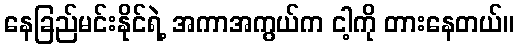
နေခြည်မင်းနိုင်ရဲ့ အကာအကွယ်က ငါ့ကို တားနေတယ်။